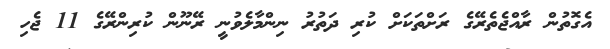
އެގޮތުން ރާއްޖެތެރޭގެ ރަށްތަކަށް ކުރި ދަތުރު ނިންމާލެވުނީ ރޭނޫން ކުރިންރޭގެ 11 ޖެހި